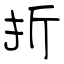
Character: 折